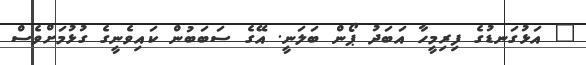
" އަޅުގަނޑުގެ ފިރިމީހާ އަބަދު ޕޯން ބަލަނީ. އޭގެ ސަބަބުން ކައިވެނީގެ ގުޅުމަށްވެސް